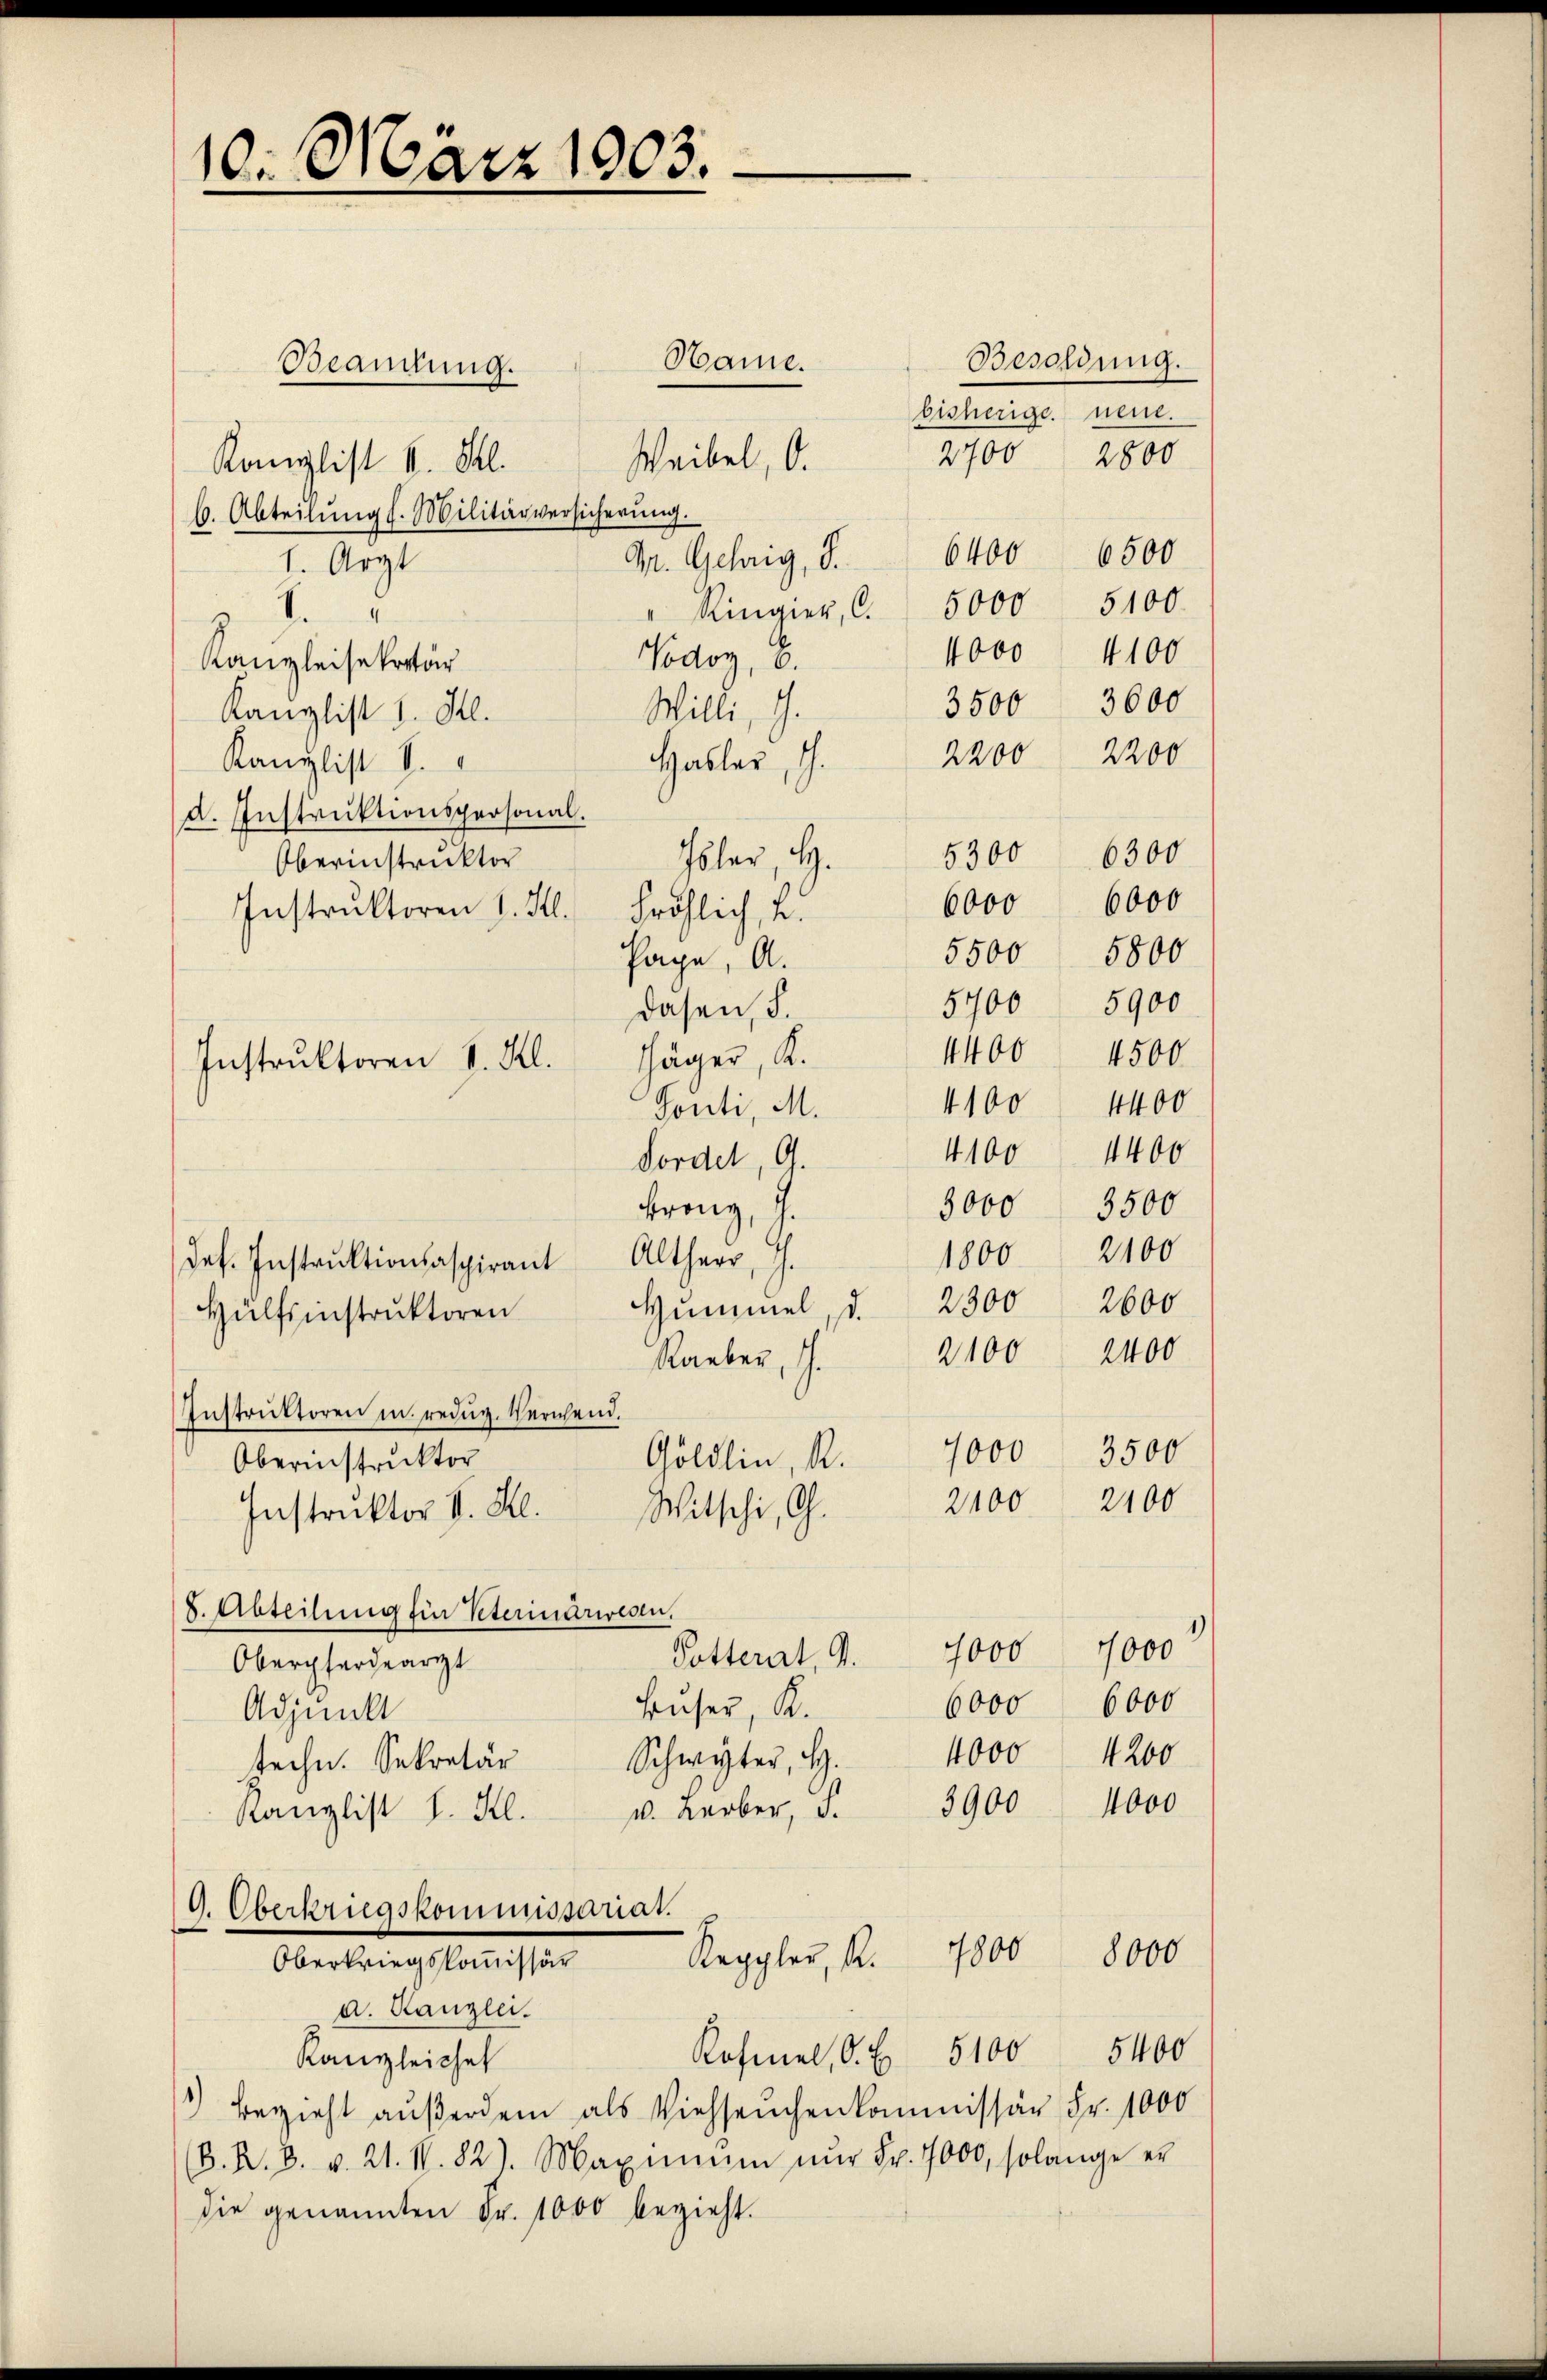
10. März 1903.

Hame.
Beandung.
Weibel, O.
Kanzlist k. Sl.
b. Abteilŭng s. Militärversicherŭng.
Gr. Gehrig, S. 6400 6500
1. Arzt
" Ringier, C. 5000
.
Vodog, 6.
Kanzleisekretär
Willi, G.
Kanzlist I. Kl.
Hables, G.
Kanzlist V.
d. Instruktionspersonal.
Isler, H.
Oberinstruktor
Instruktoren 1. K. Fröhlich, u.
Hage, A.
Dasen, S.
chäger, K.
Instruktoren I. Kl.
Tonti, M.
Fordel, G.
Franz, J.
des. Instrŭktionsaspirant Altherr, J.
Hummel, d. 2300
Hülfsinstruktoren
Rauber, J.
Instruktoren u. redug. Verwend.
Göldlin, R.
Oberinstruktor
Witschi, G.
Instruktor II. Kl.
8. Abteilung für Peterinarwesen.
Potterat, 4. 7000 7000
Oberfordearzt
6000 6000
Huser, K.
Adjunkt
4000
4200
Schwyter, H.
techn. Sekretär
u. Leber, S. 3900 4000
Ranglist l. Hl.
G. Oberkriegskommissariat.
7800
8000
Reggler, K.
Oberkriegskommissär
a. Kanzlei.
Rofmel, A. E. 5100 5400
Kanzleiche
) Bezieht außerdem als Viehseuchenkommissär Fr. 1000
(d. R. B. v. 21. N. 82). Maximŭm nŭr Fr. 7000, solange er
die genannten Fr. 1000 bezieht.

Besoldung.
bisherige neue.
2700 2800
5100
4000 4100
3500 3600
2200 2200
53006300
6000
5500 5800
5700 5900
4400 4500
4100 4400
4100 1400
3000 3500
1800 2100
2600
2100 2400
1000 3500
2400
2400

6000